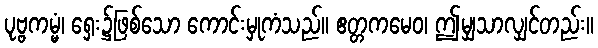
ပုဗ္ဗကမ္မံ၊ ရှေး၌ဖြစ်သော ကောင်းမှုကံသည်။ ဧတ္တကမေဝ၊ ဤမျှသာလျှင်တည်း။